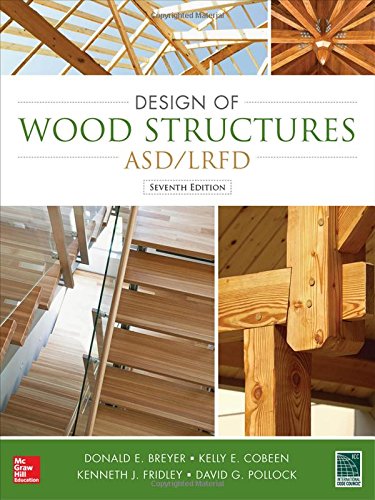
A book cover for Design of Wood Structures-ASD/LRFD; Donald Breyer; Engineering & Transportation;